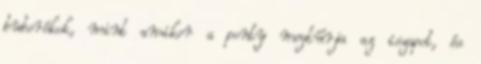
buborékok, mint amikor a ponty megtúrja az iszapot, és